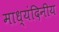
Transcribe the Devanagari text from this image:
माध्यंदिनीय